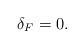
LaTeX: \begin{align*}\delta_F=0.\end{align*}